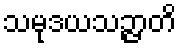
သမုဒယသဉ္ဇာတိ